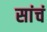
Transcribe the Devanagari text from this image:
सांचं